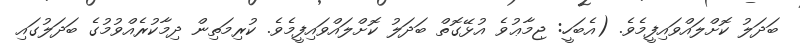
ބަދަލު ކޮށްލައްވައިފީމެވެ. (އެބަހީ: ޖިމާޢުވެ އުޅޭގޮތް ބަދަލު ކޮށްލައްވައިފީމެވެ. ކުރިމަތިން ދިމާކުރެއްވުމުގެ ބަދަލުގައި